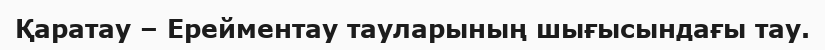
Қаратау – Ерейментау тауларының шығысындағы тау.